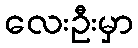
လေးဦးမှာ